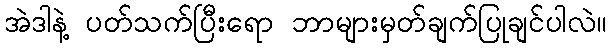
အဲဒါနဲ့ ပတ်သက်ပြီးရော ဘာများမှတ်ချက်ပြုချင်ပါလဲ။